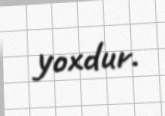
yoxdur.